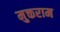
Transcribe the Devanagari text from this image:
मुक्तराम